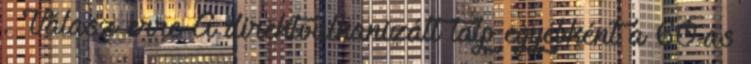
. Válasz erre A direktvulkanizált talp egyébként a 60-as